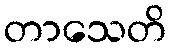
တာသေတိ